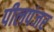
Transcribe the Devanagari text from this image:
पीलपंजर